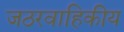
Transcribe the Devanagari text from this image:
जठरवाहिकीय